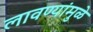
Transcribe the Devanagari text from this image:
लावण्यांमुळे